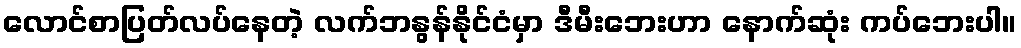
လောင်စာပြတ်လပ်နေတဲ့ လက်ဘနွန်နိုင်ငံမှာ ဒီမီးဘေးဟာ နောက်ဆုံး ကပ်ဘေးပါ။